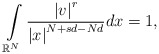
\begin{align*}\int\limits_{\mathbb{R}^{N}}\frac{\left\vert v\right\vert ^{r}}{\left\vert x\right\vert ^{N+sd-Nd}}dx=1,\end{align*}